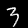
Digit: 3